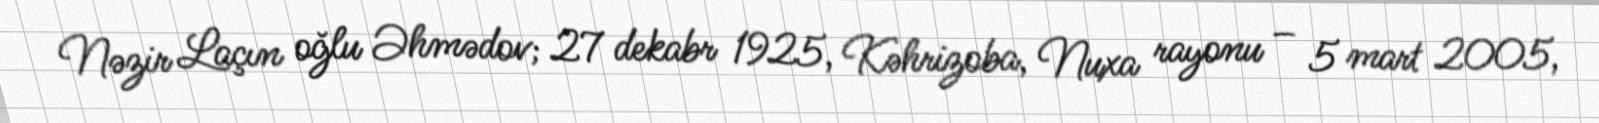
Nəzir Laçın oğlu Əhmədov; 27 dekabr 1925, Kəhrizoba, Nuxa rayonu – 5 mart 2005,